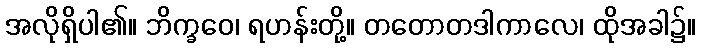
အလိုရှိပါ၏။ ဘိက္ခဝေ၊ ရဟန်းတို့။ တတောတဒါကာလေ၊ ထိုအခါ၌။